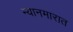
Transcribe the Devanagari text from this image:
म्यानमारात